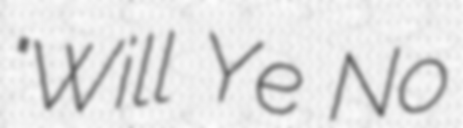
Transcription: "Will Ye No